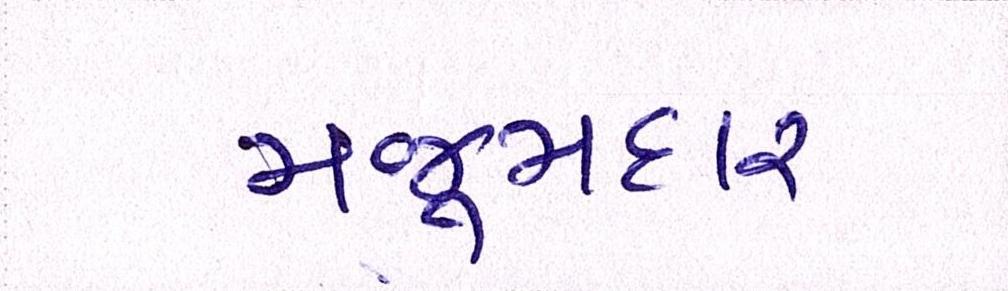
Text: મજૂમદાર